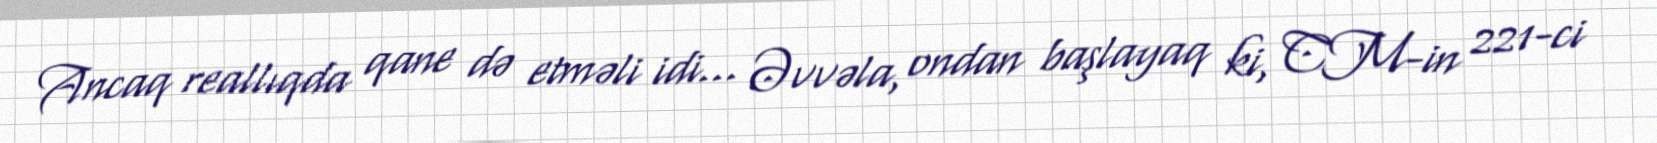
Ancaq reallıqda qane də etməli idi... Əvvəla, ondan başlayaq ki, CM-in 221-ci